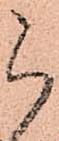
被